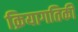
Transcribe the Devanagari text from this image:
क्रियागतिकी